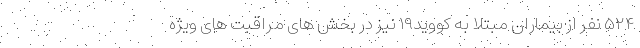
۵۲۴ نفر از بیماران مبتلا به کووید۱۹ نیز در بخش های مراقبت های ویژه